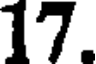
17.